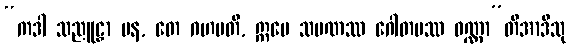
“ကဒါ သညူဠှာ ပန, တေ ဂဟပတိ, ဣမေ သမဏဿ ဂေါတမဿ ဝဏ္ဏာ”တိအာဒီသု